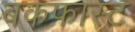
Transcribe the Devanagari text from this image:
बकफास्ट